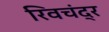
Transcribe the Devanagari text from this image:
रिवचंद्र